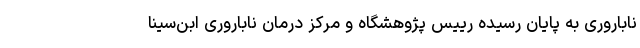
ناباروری به پایان رسیده رییس پژوهشگاه و مرکز درمان ناباروری ابن‌سینا